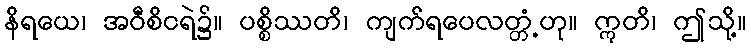
နိရယေ၊ အဝီစိငရဲ၌။ ပစ္စိဿတိ၊ ကျက်ရပေလတ္တံ့ဟု။ ဣတိ၊ ဤသို့။